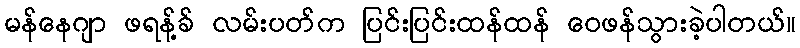
မန်နေဂျာ ဖရန့်ခ် လမ်းပတ်က ပြင်းပြင်းထန်ထန် ဝေဖန်သွားခဲ့ပါတယ်။